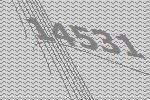
14531